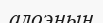
алоэның